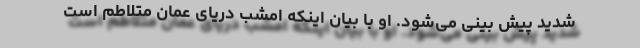
شدید پیش بینی می‌شود. او با بیان اینکه امشب دریای عمان متلاطم است